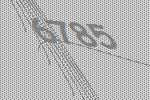
6785